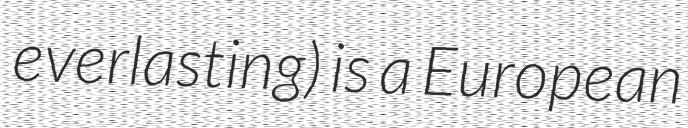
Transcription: everlasting) is a European